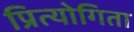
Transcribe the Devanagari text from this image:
प्रित्योगिता